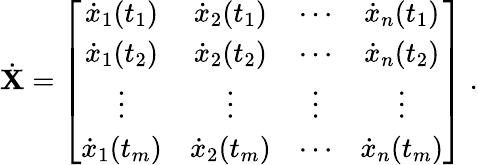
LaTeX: \dot{{\mathbf X}}=\left[\begin{array}{cccc}{\dot{x}_{1}(t_{1})}&{\dot{x}_{2}(t_{1})}&{\cdots}&{\dot{x}_{n}(t_{1})}\\ {\dot{x}_{1}(t_{2})}&{\dot{x}_{2}(t_{2})}&{\cdots}&{\dot{x}_{n}(t_{2})}\\ {\vdots}&{\vdots}&{\vdots}&{\vdots}\\ {\dot{x}_{1}(t_{m})}&{\dot{x}_{2}(t_{m})}&{\cdots}&{\dot{x}_{n}(t_{m})}\end{array}\right]\; .